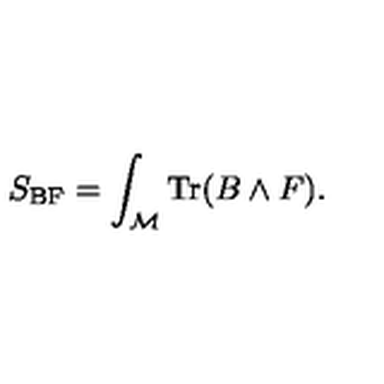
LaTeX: S _ { \mathrm { B F } } = \int _ { \cal M } \mathrm { T r } ( B \wedge F ) .